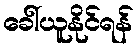
ခေါ်ယူနိုင်ရန်